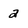
Character: 2